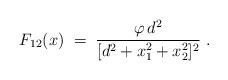
LaTeX: \begin{align*}F_{12} (x) \; = \; \frac{ \varphi \, d^2 }{ [d^2 + x_1^2 +x_2 ^2 ]^2 } \; . \end{align*}